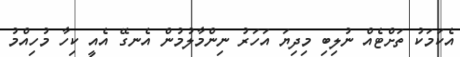
އެކަމަކު ތަށްޓެއް ނުލިބި މިދިޔަ އަހަރު ނިންމާލުމުން އެނގޭ އެއީ ކިހާ މުހިއްމު